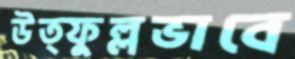
উত্ফুল্লভাবে